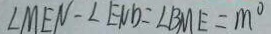
\angle M E N - \angle E N D = \angle B M E = m ^ { \circ }